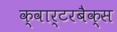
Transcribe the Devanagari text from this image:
क्वार्टरबैक्स